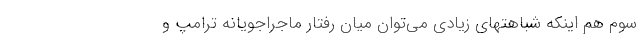
سوم هم اینکه شباهتهای زیادی می‌توان میان رفتار ماجراجویانه ترامپ و